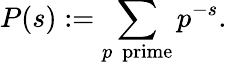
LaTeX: P(s):=\sum_{p\ {\mathrm{~prime}}}p^{-s}.